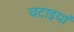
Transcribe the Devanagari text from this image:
चटाइयां